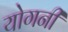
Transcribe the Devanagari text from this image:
योगनी